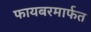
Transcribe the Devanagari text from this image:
फायबरमार्फत